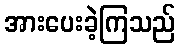
အားပေးခဲ့ကြသည်